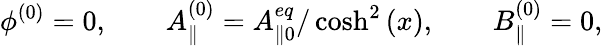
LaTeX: \phi^{(0)}=0,\quad\quad A_{\parallel}^{(0)}=A_{\parallel 0}^{eq}/\cosh^{2}\left(x\right),\quad\quad B_{\parallel}^{(0)}=0,